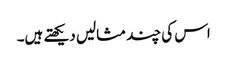
اس کی چند مثالیں دیکھتے ہیں۔